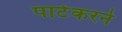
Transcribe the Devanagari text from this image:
पाटेकरने